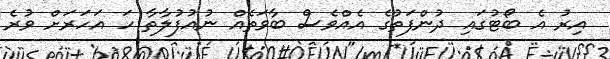
އިރު އެ ބޯޓުގައި ދުންފަތުގެ އެއްވެސް ބާވަތެއް ނުއުފުލާތާ ހަ އަހަރަށް ވުރެ